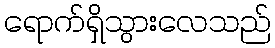
ရောက်ရှိသွားလေသည်